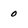
Character: 0